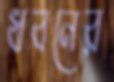
ধবনের